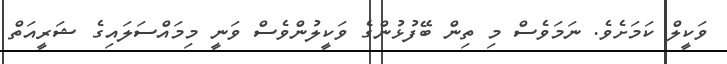
ވަކީލް ކަމަށެވެ. ނަމަވެސް މި ތިން ބޭފުޅުންގެ ވަކީލުންވެސް ވަނީ މިމައްސަލައިގެ ޝަރީއަތް